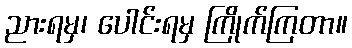
ညားရမှ၊ ပေါင်းရမှ ကြိုက်ကြတာ။